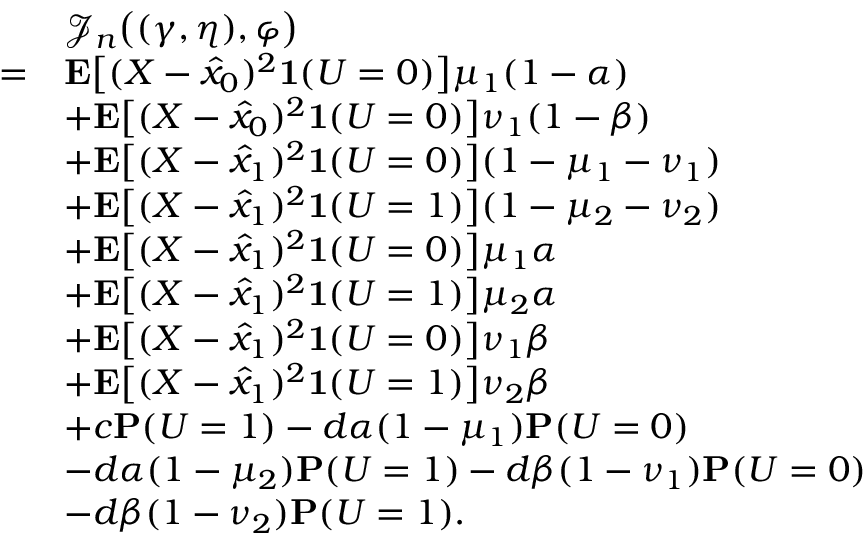
\begin{array} { r l } & { \mathcal { J } _ { n } \big ( ( \gamma , \eta ) , \varphi \big ) } \\ { = } & { \mathbf { E } \big [ ( X - \hat { x } _ { 0 } ) ^ { 2 } \mathbf { 1 } ( U = 0 ) \big ] \mu _ { 1 } ( 1 - \alpha ) } \\ & { + \mathbf { E } \big [ ( X - \hat { x } _ { 0 } ) ^ { 2 } \mathbf { 1 } ( U = 0 ) \big ] \nu _ { 1 } ( 1 - \beta ) } \\ & { + \mathbf { E } \big [ ( X - \hat { x } _ { 1 } ) ^ { 2 } \mathbf { 1 } ( U = 0 ) \big ] ( 1 - \mu _ { 1 } - \nu _ { 1 } ) } \\ & { + \mathbf { E } \big [ ( X - \hat { x } _ { 1 } ) ^ { 2 } \mathbf { 1 } ( U = 1 ) \big ] ( 1 - \mu _ { 2 } - \nu _ { 2 } ) } \\ & { + \mathbf { E } \big [ ( X - \hat { x } _ { 1 } ) ^ { 2 } \mathbf { 1 } ( U = 0 ) \big ] \mu _ { 1 } \alpha } \\ & { + \mathbf { E } \big [ ( X - \hat { x } _ { 1 } ) ^ { 2 } \mathbf { 1 } ( U = 1 ) \big ] \mu _ { 2 } \alpha } \\ & { + \mathbf { E } \big [ ( X - \hat { x } _ { 1 } ) ^ { 2 } \mathbf { 1 } ( U = 0 ) \big ] \nu _ { 1 } \beta } \\ & { + \mathbf { E } \big [ ( X - \hat { x } _ { 1 } ) ^ { 2 } \mathbf { 1 } ( U = 1 ) \big ] \nu _ { 2 } \beta } \\ & { + c \mathbf { P } ( U = 1 ) - d \alpha ( 1 - \mu _ { 1 } ) \mathbf { P } ( U = 0 ) } \\ & { - d \alpha ( 1 - \mu _ { 2 } ) \mathbf { P } ( U = 1 ) - d \beta ( 1 - \nu _ { 1 } ) \mathbf { P } ( U = 0 ) } \\ & { - d \beta ( 1 - \nu _ { 2 } ) \mathbf { P } ( U = 1 ) . } \end{array}